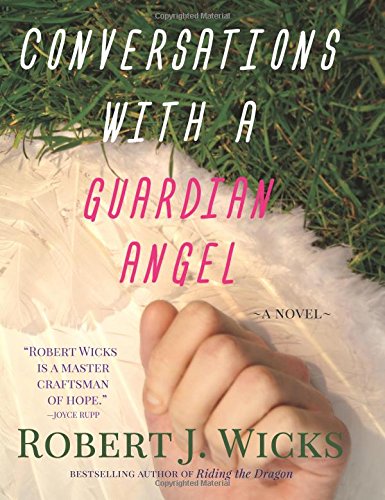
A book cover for Conversations with a Guardian Angel; Robert J. Wicks; Christian Books & Bibles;